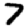
Digit: 7